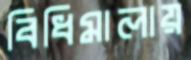
বিধিমালায়